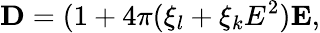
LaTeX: \textbf{D}=(1+4\pi(\xi_{l}+\xi_{k}E^{2})\textbf{E},